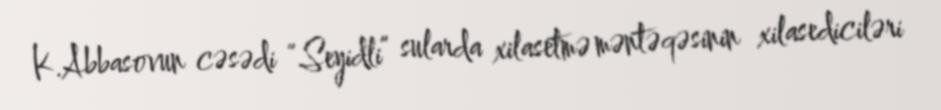
K.Abbasovun cəsədi “Seyidli” sularda xilasetmə məntəqəsinin xilasediciləri